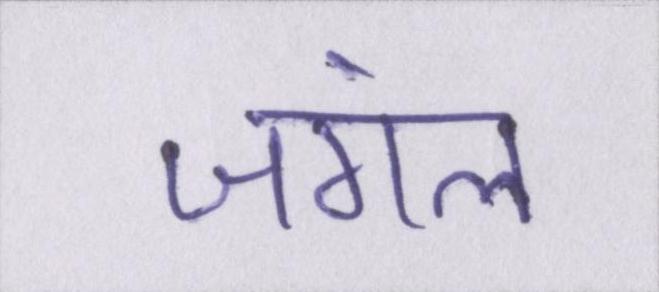
जंगल